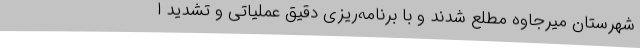
شهرستان میرجاوه مطلع شدند و با برنامه‌ریزی دقیق عملیاتی و تشدید ا